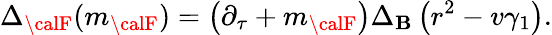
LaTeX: \Delta_{\calF}(m_{\calF})=\left(\partial_{\tau}+m_{\calF}\right)\Delta_{\cal\mathbf{B}}\left(r^{2}-v\gamma_{1}\right).